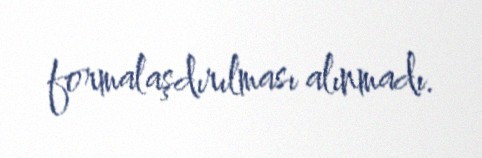
formalaşdırılması alınmadı.